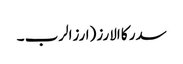
سدر کا الارز (ارزالرب ۔